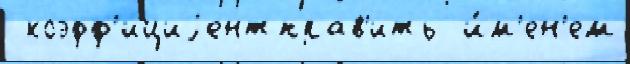
 коэфф'ициjентправ'ить  и́м'ен'ем